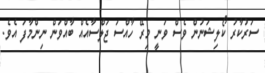
ސަރުކާރު ކޯލިޝަނުން ވެސް ވަނީ މިރޭ ހާއްސަ ޖަލްސާއެއް ބާއްވަން ނިންމާފަ އެވެ.